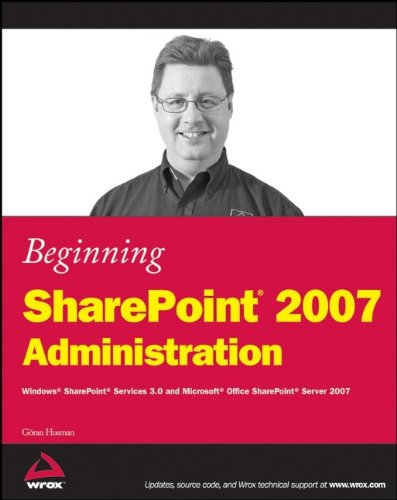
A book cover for Beginning SharePoint 2007 Administration: Windows SharePoint Services 3.0 and Microsoft Office SharePoint Server 2007; GÃ¶ran Husman; Computers & Technology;